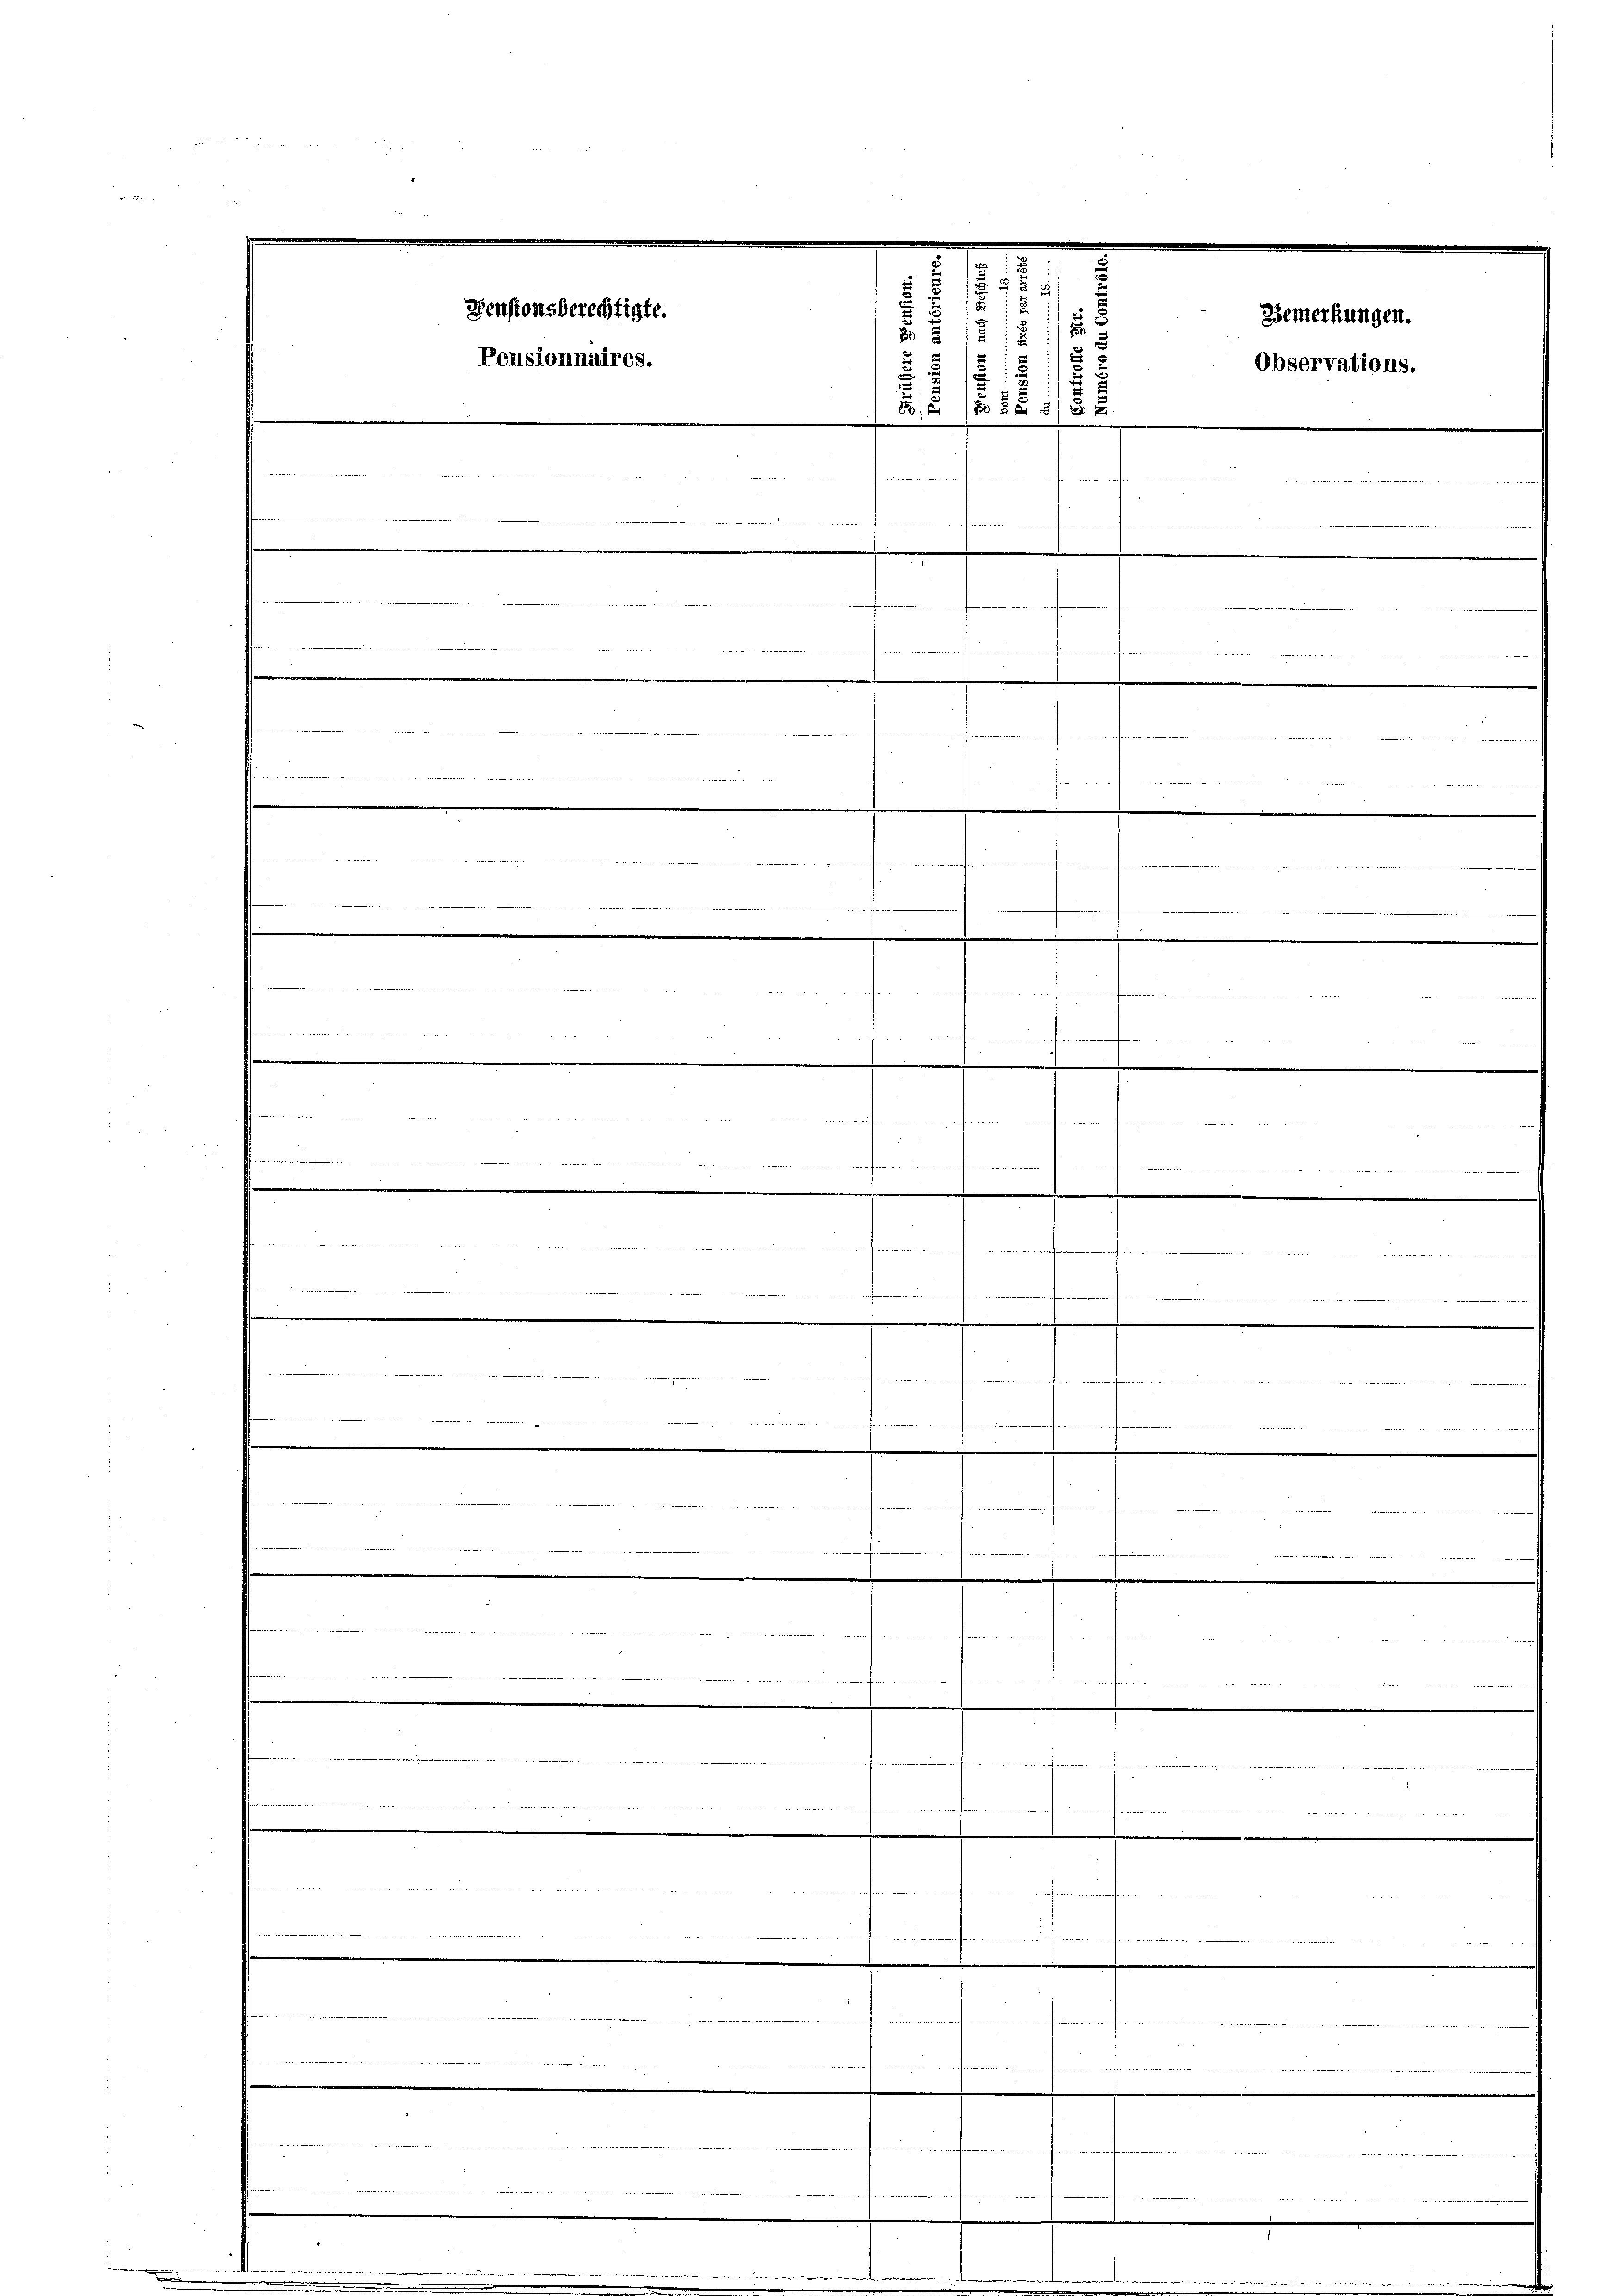
2
71
Pensionsberechtigte.
12
17
5
Pensionnaires.
.
.
BE 50 x 15 x
 Eifer 1891
r

n

f
t

Hote

a nommen noch
d

s
a

Bemerkungen.
Observations.

2 2 S. 28
24 x